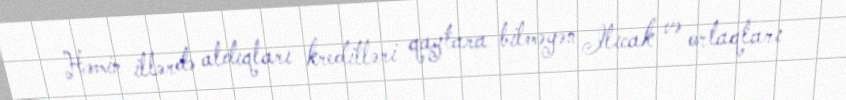
Həmin illərdə aldıqları kreditləri qaytara bilməyən Ilıcak və ortaqları